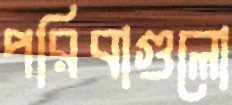
পরিবাগুলো